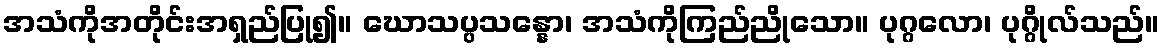
အသံကိုအတိုင်းအရှည်ပြု၍။ ဃောသပ္ပသန္နော၊ အသံကိုကြည်ညိုသော။ ပုဂ္ဂလော၊ ပုဂ္ဂိုလ်သည်။